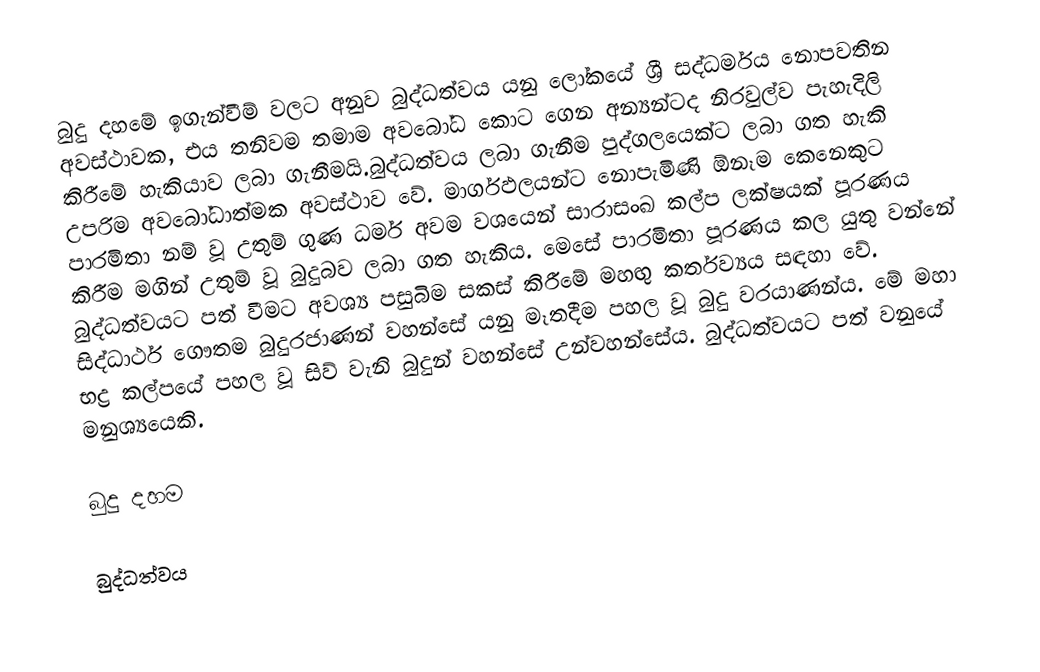
බුදු දහමේ ඉගැන්වීම් වලට අනුව බුද්ධත්වය යනු ලෝකයේ ශ්‍රී සද්ධර්මය නොපවතින අවස්ථාවක, එය තනිවම තමාම අවබෝධ කොට ගෙන අන්‍යන්ටද නිරවුල්ව පැහැදිලි කිරීමේ හැකියාව ලබා ගැනීමයි.බුද්ධත්වය ලබා ගැනීම පුද්ගලයෙක්ට ලබා ගත හැකි උපරිම අවබෝධාත්මක අවස්ථාව වේ. මාර්ගඵලයන්ට නොපැමිණි ඕනෑම කෙනෙකුට පාරමිතා නම් වූ උතුම් ගුණ ධර්ම අවම වශයෙන් සාරාසංඛ කල්ප ලක්ෂයක් පූරණය කිරීම මගින් උතුම් වූ බුදුබව ලබා ගත හැකිය. මෙසේ පාරමිතා පූරණය කල යුතු වන්නේ බුද්ධත්වයට පත් වීමට අවශ්‍ය පසුබිම සකස් කිරීමේ මහඟු කර්තව්‍යය සඳහා වේ. සිද්ධාර්ථ ගෞතම බුදුරජාණන් වහන්සේ යනු මෑතදීම පහල වූ බුදු වරයාණන්ය. මේ මහා භද්‍ර කල්පයේ පහල වූ සිව් වැනි බුදුන් වහන්සේ උන්වහන්සේය. බුද්ධත්වයට පත් වනුයේ මනුශ්‍යයෙකි.

බුදු දහම

බුද්ධත්වය